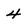
Character: 4